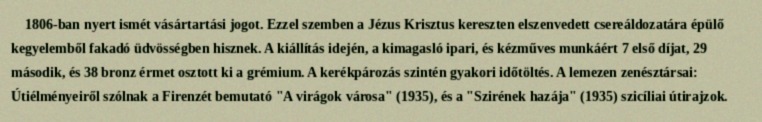
1806-ban nyert ismét vásártartási jogot. Ezzel szemben a Jézus Krisztus kereszten elszenvedett csereáldozatára épülő kegyelemből fakadó üdvösségben hisznek. A kiállítás idején, a kimagasló ipari, és kézműves munkáért 7 első díjat, 29 második, és 38 bronz érmet osztott ki a grémium. A kerékpározás szintén gyakori időtöltés. A lemezen zenésztársai: Útiélményeiről szólnak a Firenzét bemutató "A virágok városa" (1935), és a "Szirének hazája" (1935) szicíliai útirajzok.